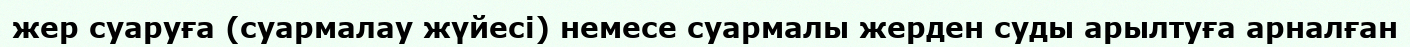
жер суаруға (суармалау жүйесі) немесе суармалы жерден суды арылтуға арналған